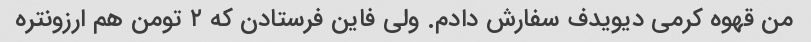
من قهوه کرمی دیویدف سفارش دادم. ولی فاین فرستادن که ۲ تومن هم ارزونتره